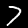
Digit: 7